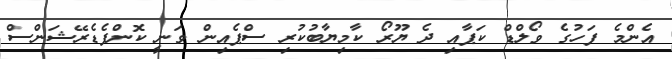
އެންމެ ފަހުގެ ވޯލްޑް ކަޕާއި ދެ ޔޫރޯ ކާމިޔާބުކުރި ސްޕެއިން ވަނީ ކޮންފެޑެރޭޝަންސް